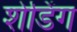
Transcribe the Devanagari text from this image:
शेडिंग